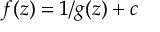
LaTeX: f ( z ) = 1 / g ( z ) + c